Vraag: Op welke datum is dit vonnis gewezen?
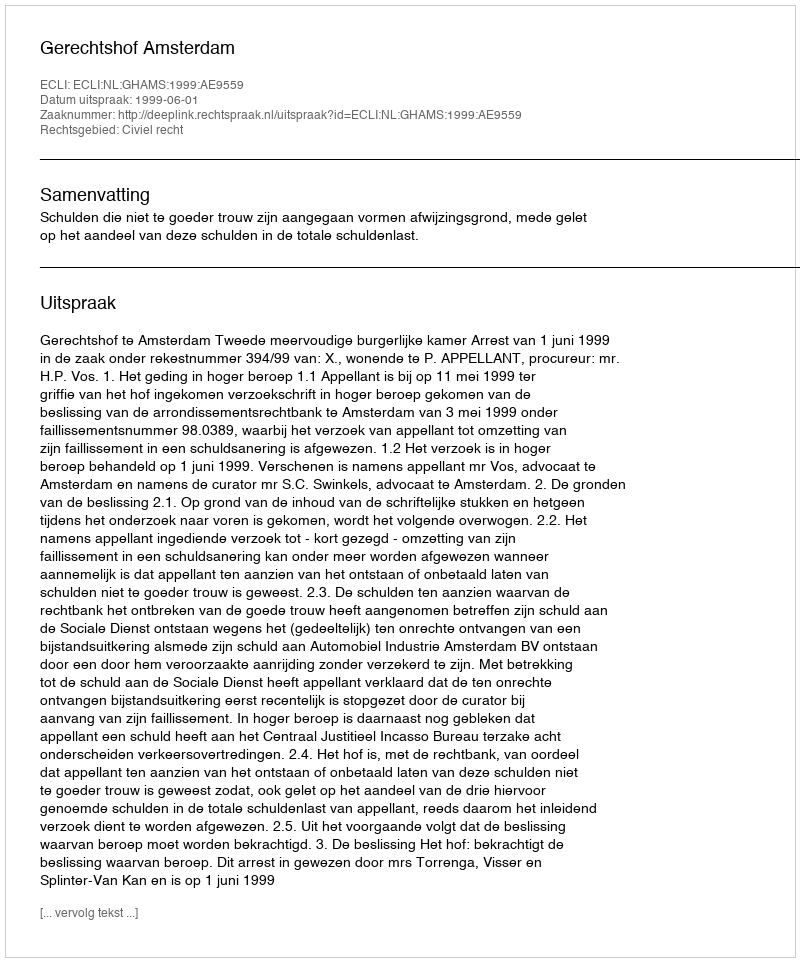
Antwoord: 1999-06-01